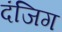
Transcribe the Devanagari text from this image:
दंजिग